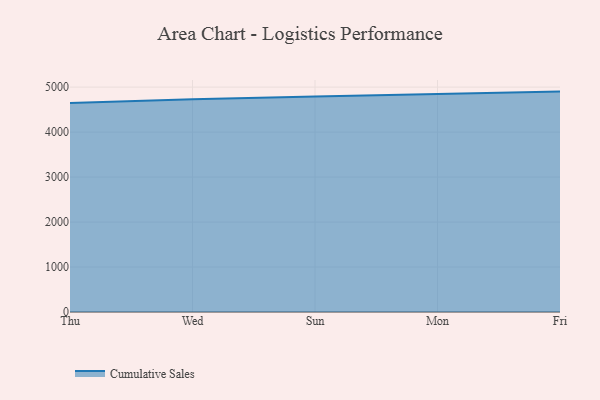
{"axis": {"x": "Day", "y": "Headcount"}, "legend": ["Cumulative Sales"], "data": [{"x": "Thu", "y": 4649.7, "type": "Cumulative Sales"}, {"x": "Wed", "y": 4731.9, "type": "Cumulative Sales"}, {"x": "Sun", "y": 4792.2, "type": "Cumulative Sales"}, {"x": "Mon", "y": 4843.0, "type": "Cumulative Sales"}, {"x": "Fri", "y": 4900.5, "type": "Cumulative Sales"}]}